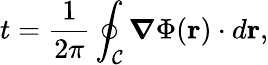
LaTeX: t=\frac{1}{2\pi}\oint_{\mathcal{C}}\boldsymbol{\nabla}\Phi(\mathbf{r})\cdot d\mathbf{r},